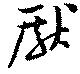
厭